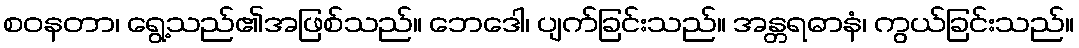
စဝနတာ၊ ရွေ့သည်၏အဖြစ်သည်။ ဘေဒေါ၊ ပျက်ခြင်းသည်။ အန္တရဓာနံ၊ ကွယ်ခြင်းသည်။